Civil Veterinary Dept. Bombay admin report 1923-31 - 1923-1931
Year: 1923
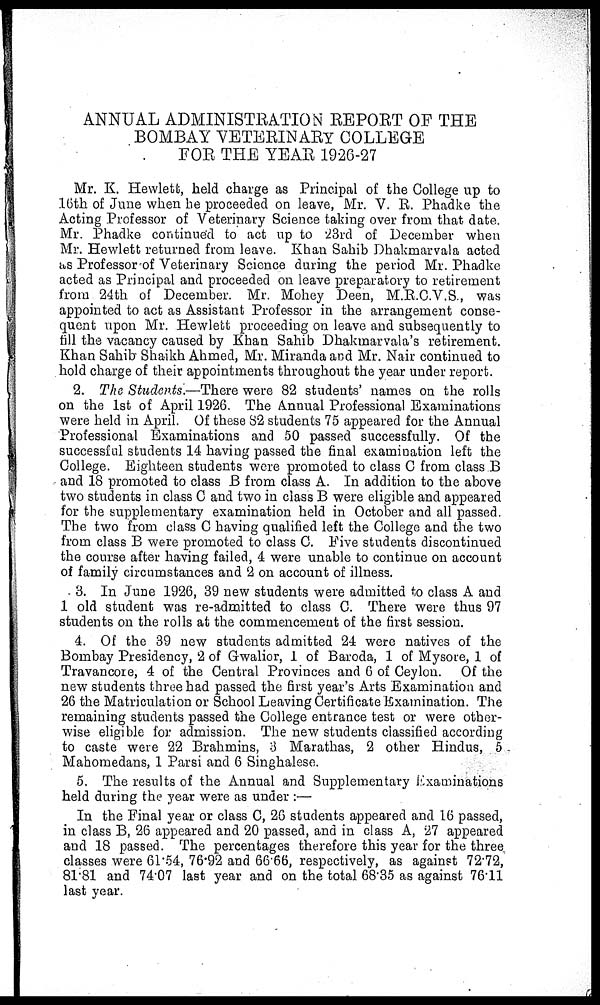
ANNUAL ADMINISTRATION REPORT OF THE
BOMBAY VETERINARY COLLEGE
FOR THE YEAR 1926-27
Mr. K. Hewlett, held charge as Principal of the College up to
16th of June when he proceeded on leave, Mr. V. R. Phadke the
Acting Professor of Veterinary Science taking over from that date.
Mr. Phadke continued to act up to 23rd of December when
Mr. Hewlett returned from leave. Khan Sahib Dhakmarvala acted
as Professor of Veterinary Science during the period Mr. Phadke
acted as Principal and proceeded on leave preparatory to retirement
from 24th of December. Mr. Mohey Deen, M.R.C.V.S., was
appointed to act as Assistant Professor in the arrangement conse-
quent upon Mr. Hewlett proceeding on leave and subsequently to
till the vacancy caused by Khan Sahib Dhakmarvala's retirement.
Khan Sahib Shaikh Ahmed, Mr. Miranda and Mr. Nair continued to
hold charge of their appointments throughout the year under report.
2. The Students.—There were 82 students' names on the rolls
on the 1st of April 1926. The Annual Professional Examinations
were held in April. Of these 82 students 75 appeared for the Annual
Professional Examinations and 50 passed successfully. Of the
successful students 14 having passed the final examination left the
College. Eighteen students were promoted to class C from class B
and 18 promoted to class B from class A. In addition to the above
two students in class C and two in class B were eligible and appeared
for the supplementary examination held in October and all passed.
The two from class C having qualified left the College and the two
from class B were promoted to class C. Five students discontinued
the course after having failed, 4 were unable to continue on account
of family circumstances and 2 on account of illness.
3. In June 1926, 39 new students were admitted to class A and
1 old student was re-admitted to class C. There were thus 97
students on the rolls at the commencement of the first session.
4. Of the 39 new students admitted 24 were natives of the
Bombay Presidency, 2 of Gwalior, 1 of Baroda, 1 of Mysore, 1 of
Travancore, 4 of the Central Provinces and 6 of Ceylon. Of the
new students three had passed the first year's Arts Examination and
26 the Matriculation or School Leaving Certificate Examination. The
remaining students passed the College entrance test or were other-
wise eligible for admission. The new students classified according
to caste were 22 Brahmins, 3 Marathas, 2 other Hindus, 5
Mahomedans, 1 Parsi and 6 Singhalese.
5. The results of the Annual and Supplementary Examinations
held during the year were as under :—
In the Final year or class C, 26 students appeared and 16 passed,
in class B, 26 appeared and 20 passed, and in class A, 27 appeared
and 18 passed. The percentages therefore this year for the three
classes were 61.54, 76.92 and 66.66, respectively, as against 72.72,
81.81 and 74.07 last year and on the total 68.35 as against 76.11
last year.